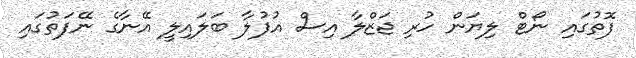
ފޮތުގައި ނޯޓް ލިޔަން ހުރި ޖަޒްލާ އިސް އުފުލާ ބަލައިލީ އޭނާގެ ނޭފަތުގައި